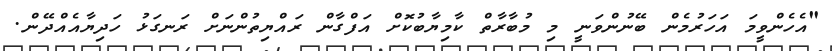
"އެހެންވީމަ އަހަރުމެން ބޭނުންވަނީ މި މުބާރާތް ކާމިޔާބުކޮށް އަފްގާން ރައްޔިތުންނަށް ރަނގަޅު ހަދިޔާއެއްދޭން.